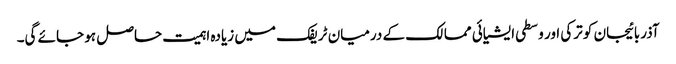
آذربائیجان کو ترکی اور وسطی ایشیائی ممالک کے درمیان ٹریفک میں زیادہ اہمیت حاصل ہو جائے گی۔